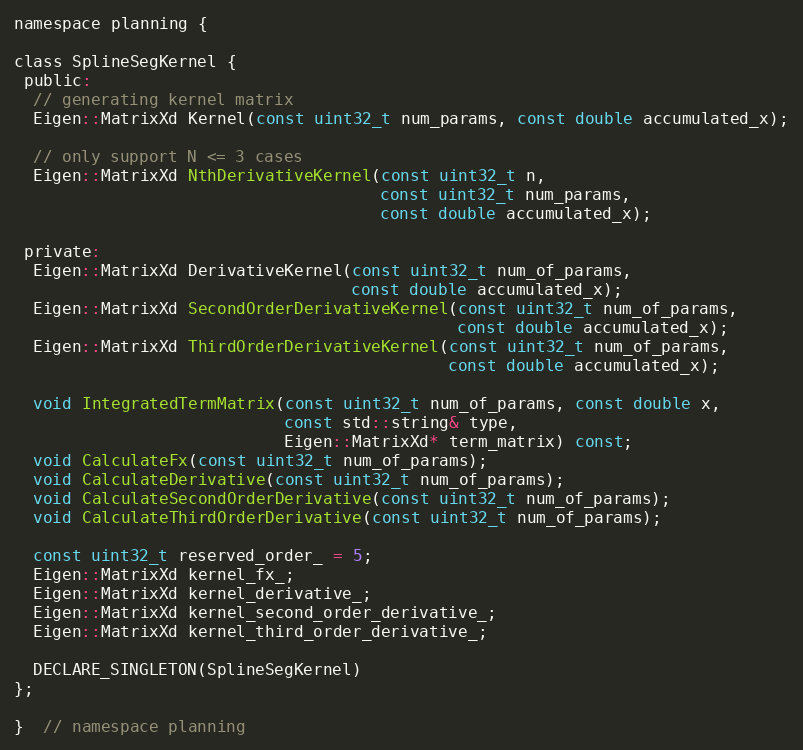
Language: C
namespace planning {

class SplineSegKernel {
 public:
  // generating kernel matrix
  Eigen::MatrixXd Kernel(const uint32_t num_params, const double accumulated_x);

  // only support N <= 3 cases
  Eigen::MatrixXd NthDerivativeKernel(const uint32_t n,
                                      const uint32_t num_params,
                                      const double accumulated_x);

 private:
  Eigen::MatrixXd DerivativeKernel(const uint32_t num_of_params,
                                   const double accumulated_x);
  Eigen::MatrixXd SecondOrderDerivativeKernel(const uint32_t num_of_params,
                                              const double accumulated_x);
  Eigen::MatrixXd ThirdOrderDerivativeKernel(const uint32_t num_of_params,
                                             const double accumulated_x);

  void IntegratedTermMatrix(const uint32_t num_of_params, const double x,
                            const std::string& type,
                            Eigen::MatrixXd* term_matrix) const;
  void CalculateFx(const uint32_t num_of_params);
  void CalculateDerivative(const uint32_t num_of_params);
  void CalculateSecondOrderDerivative(const uint32_t num_of_params);
  void CalculateThirdOrderDerivative(const uint32_t num_of_params);

  const uint32_t reserved_order_ = 5;
  Eigen::MatrixXd kernel_fx_;
  Eigen::MatrixXd kernel_derivative_;
  Eigen::MatrixXd kernel_second_order_derivative_;
  Eigen::MatrixXd kernel_third_order_derivative_;

  DECLARE_SINGLETON(SplineSegKernel)
};

}  // namespace planning